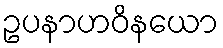
ဥပနာဟဝိနယော